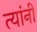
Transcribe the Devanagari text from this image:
त्‍यांंनी